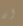
ان